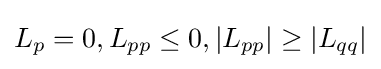
L_{p}=0,L_{pp}\leq 0,|L_{pp}|\geq |L_{qq}|